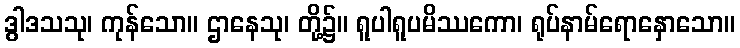
ဒွါဒသသု၊ ကုန်သော။ ဌာနေသု၊ တို့၌။ ရူပါရူပမိဿကော၊ ရုပ်နာမ်ရောနှောသော။